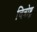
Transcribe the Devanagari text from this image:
चित्रोष्ट्र